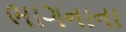
ભાગનાના